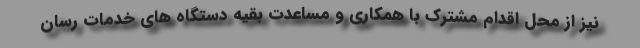
نیز از محل اقدام مشترک با همکاری و مساعدت بقیه دستگاه های خدمات رسان